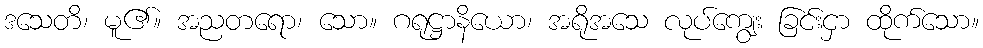
ဒသေတိ၊ မူ၏။ အညတရော၊ သော။ ဂရုဋ္ဌာနိယော၊ အရိုအသေ လုပ်ကျွေး ခြင်းငှာ ထိုက်သော။